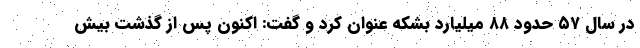
در سال ۵۷ حدود ۸۸ میلیارد بشکه عنوان کرد و گفت: اکنون پس از گذشت بیش